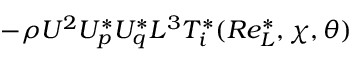
- \rho U ^ { 2 } U _ { p } ^ { * } U _ { q } ^ { * } L ^ { 3 } T _ { i } ^ { * } ( R e _ { L } ^ { * } , \chi , \theta )